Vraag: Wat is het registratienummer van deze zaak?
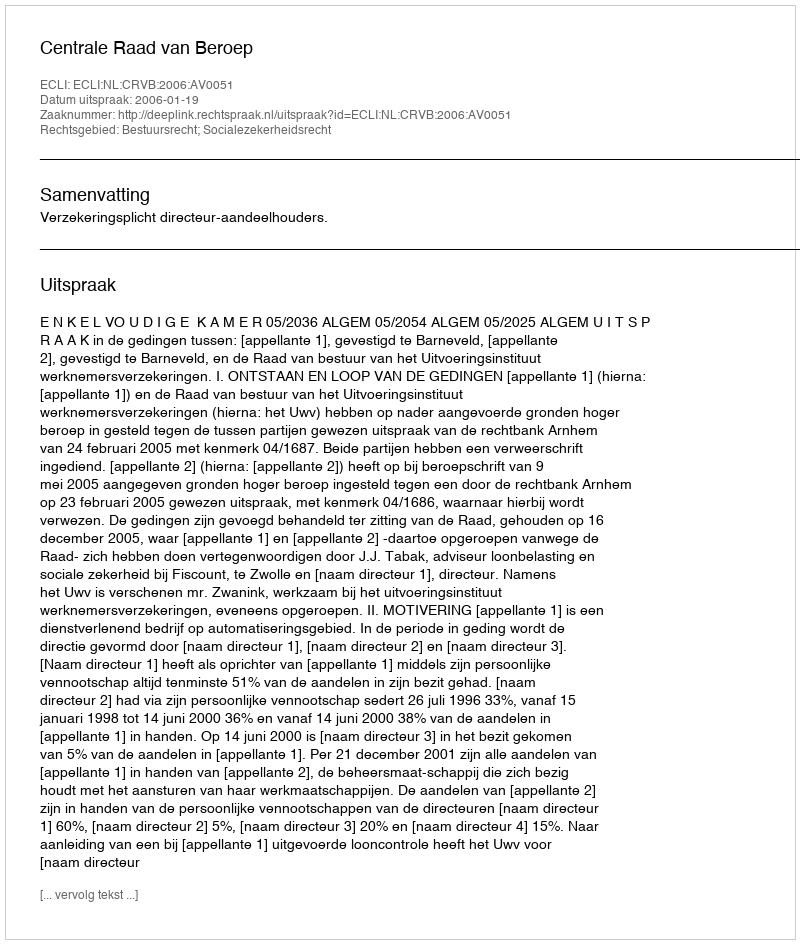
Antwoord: http://deeplink.rechtspraak.nl/uitspraak?id=ECLI:NL:CRVB:2006:AV0051